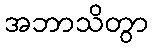
အဘာသိတွာ